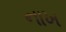
નાખ